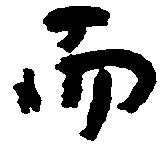
而